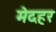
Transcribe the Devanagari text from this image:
मेदहर